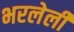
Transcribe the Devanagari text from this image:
भरलेलीं